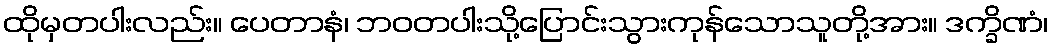
ထိုမှတပါးလည်း။ ပေတာနံ၊ ဘဝတပါးသို့ပြောင်းသွားကုန်သောသူတို့အား။ ဒက္ခိဏံ၊